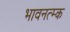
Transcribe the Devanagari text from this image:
भावनत्म्क